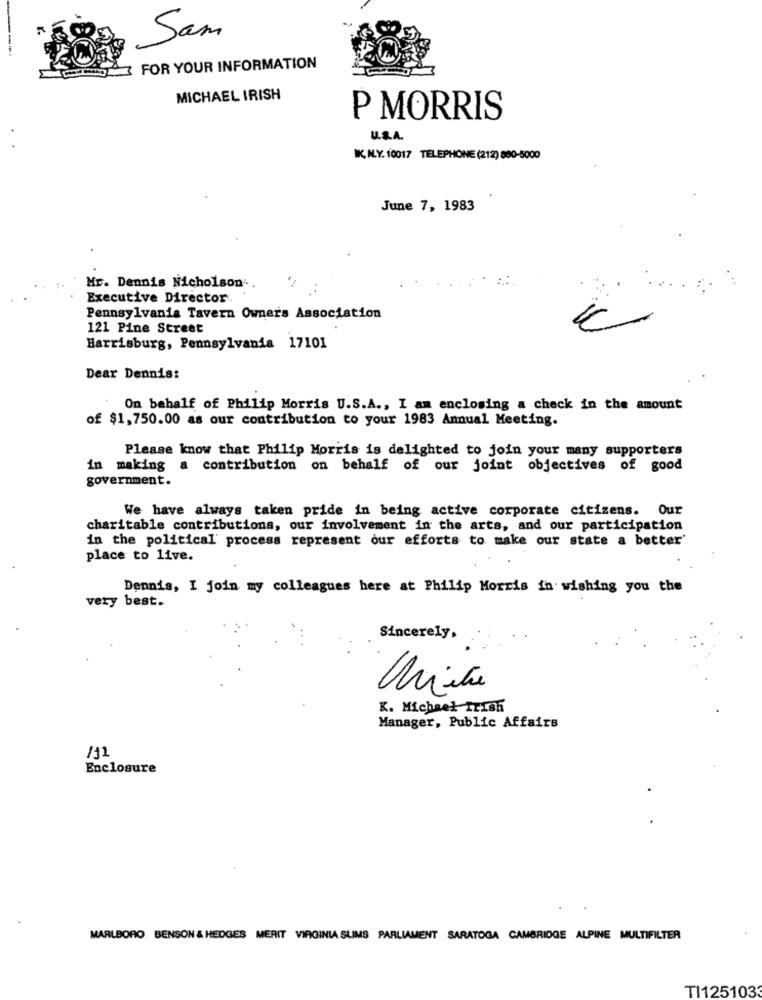
Sam
FOR YOUR INFORMATION
MICHAEL IRISH
P MORRIS
U.S.A.
IK, IL.Y. 10017 TELEPHONE (212) 800-5000
June 7, 1983
Mr. Dennis Nicholson ...
Executive Director
Pennsylvania Tavern Owners Association
121 Pine Street
Harrisburg, Pennsylvania 17101
Dear Dennis:
On behalf of Philip Morris U.S.A ., I am enclosing a check in the amount
of $1,750.00 as our contribution to your 1983 Annual Meeting.
Please know that Philip Morris is delighted to join your many supporters
in making a contribution on behalf of our joint objectives of good
government.
We have always taken pride in being active corporate citizens. Our
charitable contributions, our involvement in the arts, and our participation
in the political' process represent our efforts to make our state a better'
place to live.
Dennis, I join my colleagues here at Philip Morris in wishing you the
very best.
Sincerely,
K. Michael Irish
Manager, Public Affairs
/12
Enclosure
MARLBORO BENSON & HEDGES MERIT VIRGINIA SLIMS PARLIAMENT SARATOGA CAMBRIDGE ALPINE MULTIFILTER
TI1251033